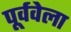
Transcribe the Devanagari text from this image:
पूर्ववेला